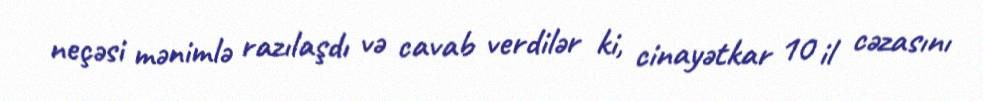
neçəsi mənimlə razılaşdı və cavab verdilər ki, cinayətkar 10 il cəzasını